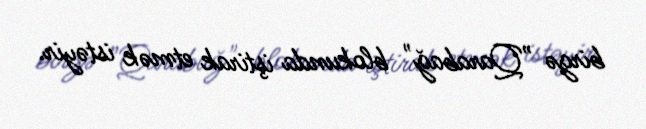
birgə ”Qarabağ" blokunda iştirak etmək istəyir.